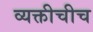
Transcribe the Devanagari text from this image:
व्यक्तीचीच